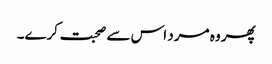
پھر وہ مرد اس سے صحبت کرے۔